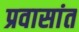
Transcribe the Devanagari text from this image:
प्रवासांत